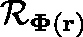
\mathcal { R } _ { \mathbf { \Phi } ( \mathbf { r } ) }